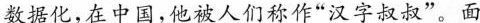
数据化，在中国，他被人们称作”汉字叔叔”。面